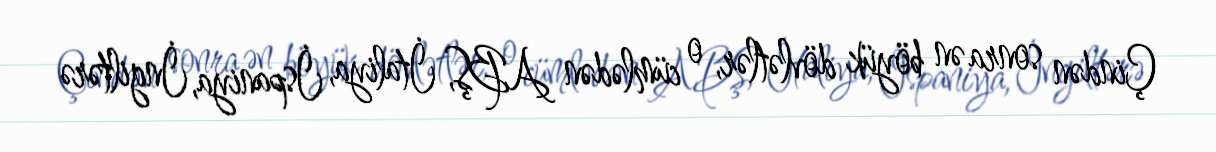
Çindən sonra ən böyük dövlətlər, o cümlədən ABŞ, İtaliya, İspaniya, İngiltərə